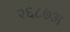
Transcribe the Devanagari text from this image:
२६८७अ